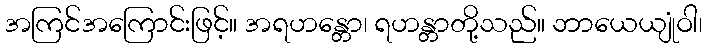
အကြင်အကြောင်းဖြင့်။ အရဟန္တော၊ ရဟန္တာတို့သည်။ ဘာယေယျုံဝါ၊